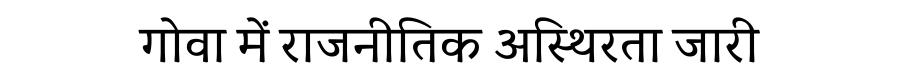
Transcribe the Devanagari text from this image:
गोवा में राजनीतिक अस्थिरता जारी